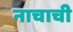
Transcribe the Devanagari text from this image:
नाचाची